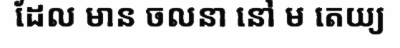
ដែល មាន ចលនា នៅ ម តេយ្យ